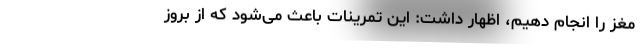
مغز را انجام دهیم، اظهار داشت: این تمرینات باعث می‌شود که از بروز